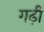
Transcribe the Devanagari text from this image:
गढ़ीं